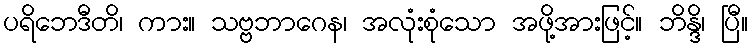
ပရိဘေဒီတိ၊ ကား။ သဗ္ဗဘာဂေန၊ အလုံးစုံသော အဖို့အားဖြင့်။ ဘိန္ဒိ၊ ပြီ။